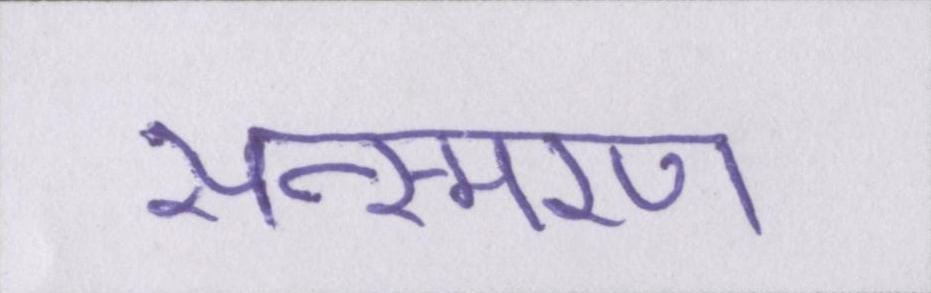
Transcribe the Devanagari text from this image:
सन्स्मरण